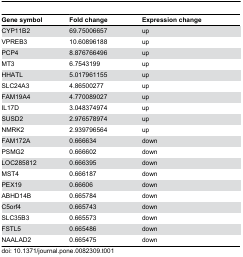
<table><thead><tr><td><b>Gene symbol</b></td><td><b>Fold change</b></td><td><b>Expression change</b></td></tr></thead><tbody><tr><td>CYP11B2</td><td>69.75006657</td><td>up</td></tr><tr><td>VPREB3</td><td>10.60896188</td><td>up</td></tr><tr><td>PCP4</td><td>8.876766496</td><td>up</td></tr><tr><td>MT3</td><td>6.7543199</td><td>up</td></tr><tr><td>HHATL</td><td>5.017961155</td><td>up</td></tr><tr><td>SLC24A3</td><td>4.86500277</td><td>up</td></tr><tr><td>FAM19A4</td><td>4.770089027</td><td>up</td></tr><tr><td>IL17D</td><td>3.048374974</td><td>up</td></tr><tr><td>SUSD2</td><td>2.976578974</td><td>up</td></tr><tr><td>NMRK2</td><td>2.939796564</td><td>up</td></tr><tr><td>FAM172A</td><td>0.666634</td><td>down</td></tr><tr><td>PSMG2</td><td>0.666602</td><td>down</td></tr><tr><td>LOC285812</td><td>0.666395</td><td>down</td></tr><tr><td>MST4</td><td>0.666187</td><td>down</td></tr><tr><td>PEX19</td><td>0.66606</td><td>down</td></tr><tr><td>ABHD14B</td><td>0.665784</td><td>down</td></tr><tr><td>C5orf4</td><td>0.665743</td><td>down</td></tr><tr><td>SLC35B3</td><td>0.665573</td><td>down</td></tr><tr><td>FSTL5</td><td>0.665486</td><td>down</td></tr><tr><td>NAALAD2</td><td>0.665475</td><td>down</td></tr></tbody></table>